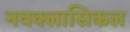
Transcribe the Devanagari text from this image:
नवक्लासिकल